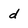
Character: d